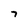
Character: 7